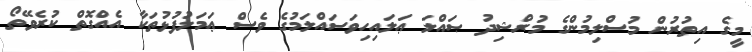
މީގެ އިތުރުން މުސްލިމުންގެ މުރްޝިދު ޞައްލަ ޢަލައިހިވަސައްލަމުގެ ވެސް ޢަމަލުފުޅުތަކާ އެއްގޮތް ކުރެވޭތޯ